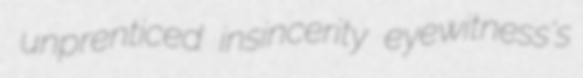
unprenticed insincerity eyewitness's